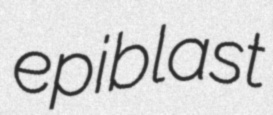
epiblast